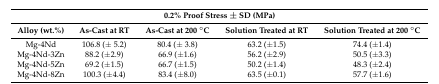
| <COLSPAN=5> 0.2% Proof Stress ± SD (MPa) |
 | Alloy (wt.%) | As-Cast at RT | As-Cast at 200 °C | Solution Treated at RT | Solution Treated at 200 °C |
 | --- | --- | --- | --- | --- |
 | Mg-4Nd | 106.8 (± 5.2) | 80.4 (± 3.8) | 63.2 (±1.5) | 74.4 (±1.4) |
 | Mg-4Nd-3Zn | 88.2 (±2.9) | 66.9 (±1.6) | 56.2 (±2.9) | 50.5 (±3.3) |
 | Mg-4Nd-5Zn | 69.2 (±1.5) | 66.7 (±1.5) | 50.2 (±1.4) | 48.3 (±2.4) |
 | Mg-4Nd-8Zn | 100.3 (±4.4) | 83.4 (±8.0) | 63.5 (±0.1) | 57.7 (±1.6) |